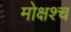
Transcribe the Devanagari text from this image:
मोक्षश्च